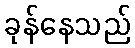
ခုန်နေသည်